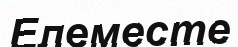
Елеместе